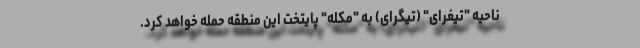
ناحیه "تیغرای" (تیگرای) به "مکله" پایتخت این منطقه حمله خواهد کرد.